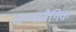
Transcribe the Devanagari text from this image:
ऊष्मप्रवैगिक